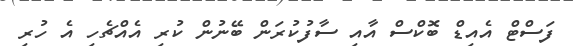
ފަސްޓް އެއިޑް ބޮކްސް އާއި ސާފުކުރަން ބޭނުން ކުރި އެއްޗެހި އެ ހުރި